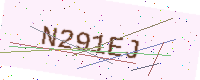
Text: N291EJ